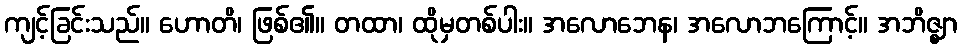
ကျင့်ခြင်းသည်။ ဟောတိ၊ ဖြစ်၏။ တထာ၊ ထိုမှတစ်ပါး။ အလောဘေန၊ အလောဘကြောင့်။ အဘိဇ္ဈာ